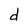
Character: d